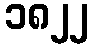
၁၈၂၂